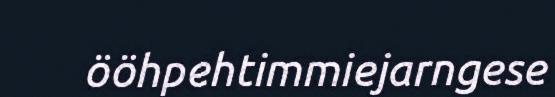
ööhpehtimmiejarngese